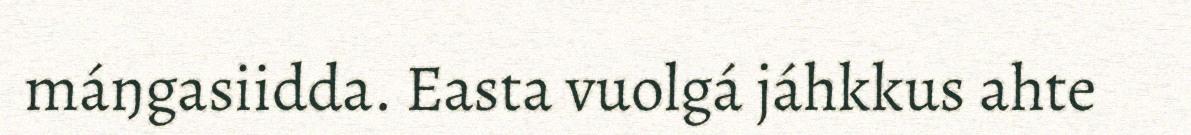
máŋgasiidda. Easta vuolgá jáhkkus ahte